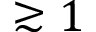
\gtrsim 1